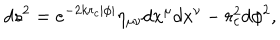
d s ^ { 2 } = e ^ { - 2 k r _ { c } | \phi | } \eta _ { \mu \nu } d x ^ { \mu } d x ^ { \nu } - r _ { c } ^ { 2 } d \phi ^ { 2 } ,